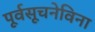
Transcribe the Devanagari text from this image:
पूर्वसूचनेविना